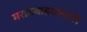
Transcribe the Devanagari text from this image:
मराठवाडयासाठी